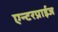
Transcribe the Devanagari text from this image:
एन्टरप्राईज